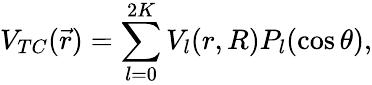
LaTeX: V_{TC}(\vec{r})=\sum_{l=0}^{2K}V_{l}(r,R)P_{l}(\cos\theta),